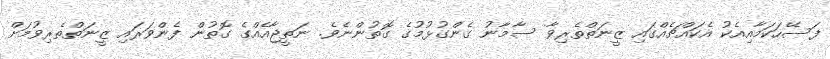
ފަސޭހަކަމާއިއެކު އެކައްޗެއްގައި ޒީނަތްތެރިވާ ސާމާނު ގެންގުޅުމުގެ ގޮތުންނެވެ. ނަތީޖާއެއްގެ ގޮތުން ފެންވަރައި ޒީނަތްތެރިވުމަށް